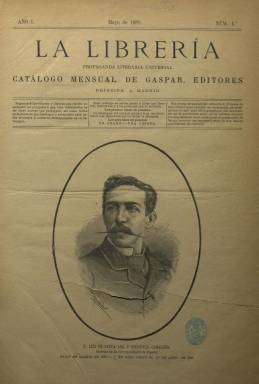
Título: La Librería (Madrid. 1882)
Colección: Libros
Ámbito geográfico: Madrid
Lugar de publicación: Madrid
Fechas: 01/05/1882-29/02/1884

Con el subtítulo: Catálogo Mensual de Gaspar Editores, esta publicación no sólo daba cuenta de las obras de esta importante sociedad editora de la época sino que, como señalaba en su primer número de mayo de 1882, aspiraba a hacer “el índice completo de todo el movimiento científico, artístico y literario en lo que a la producción intelectual interesa”.

    Este propósito recibió una excelente acogida, máxime por su distribución gratuita como declaraba en su portada: “Este catálogo se envía gratis a todos los libreros, bibliotecas y a las personas que lo soliciten”.

   Con unas 20 páginas y a tres columnas, un buen número de páginas estaban dedicadas a dar cuenta de las novedades del mes por orden alfabético de autores, primero de obras españolas o traducciones al español de autores extranjeros y luego de autores de otras nacionalidades.

    Para hacer amena la publicación, incluía reseñas necrológicas ilustradas con grabados de personalidades de la cultura recientemente fallecidos o biografías y semblanzas de escritores y artistas clásicos o contemporáneos, así como crónicas de las actividades llevadas a cabo por academias, ateneos, asociaciones culturales, casinos, círculos de recreo como el de Bellas Artes, y teatros. También contaba con una sección de crítica de libros, además de las últimas páginas ilustradas dedicadas al anuncio de las obras en venta.

    En su segundo número, incluyó un artículo sobre la Institución Libre de Enseñanza, creada sólo unos años antes por Francisco Giner de los Ríos y otros profesores que defendían la libertad de cátedra, no sujeta a dogma de ninguna clase. A página entera se puede ver el proyecto de edificación en el paseo de la Castellana de la que iba a ser sede de esta institución clave en la historia de la educación en España. Al final el proyecto resultó fallido y ese lugar lo ocupa la Escuela Superior del Ejército.

    La sociedad Gaspar y Roig, fundada en Madrid en 1845, fue una de las empresas dedicadas a la edición de libros más importantes del siglo XIX. Editó también publicaciones periódicas en su primera etapa como el Museo Universal, y a partir de 1884, con el nombre de Gaspar Editores y junto con la Librería pero ya con un precio de suscripción, el boletín semanal de ilustración y recreo La Amenidad. Esta última publicación incluía cuatro novelas por entregas y la editorial garantizaba que una de ellas siempre sería de Julio Verne, autor por entonces en la cumbre de la fama.

[Descripción publicada el 7/6/2018]